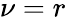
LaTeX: \nu=r